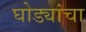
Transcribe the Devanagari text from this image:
घोड्यांचा